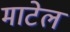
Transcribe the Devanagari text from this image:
माटेल